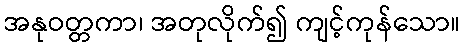
အနုဝတ္တကာ၊ အတုလိုက်၍ ကျင့်ကုန်သော။